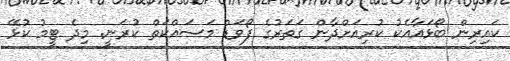
ކައިރިން ބޯޅައާއެކު ކުރިއަށްދާން ގަތަރުގެ ފޯވަޑް މަސައްކަތް ކުރަނީ. މިދެ ޓީމު ކުޅޭ